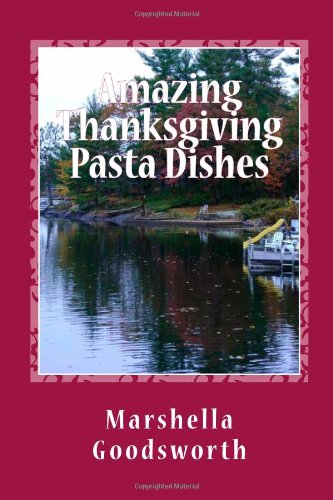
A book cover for Amazing Thanksgiving Pasta Dishes; Marshella Goodsworth; Cookbooks, Food & Wine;